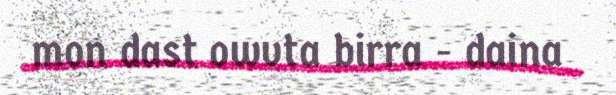
mon dast owvta birra - daina